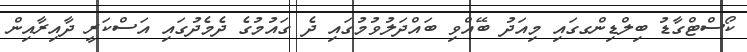
ކޯސްޓްގާޑު ބިލްޑިންގގައި މިއަދު ބޭއްވި ބައްދަލުވުމުގައި ދެ ގައުމުގެ ދެމެދުގައި އަސްކަރީ ދާއިރާއިން